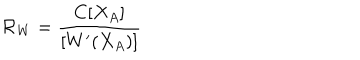
LaTeX: { \cal R } _ { W } = \frac { C [ X _ { A } ] } { [ W ^ { \prime } ( X _ { A } ) ] }